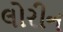
લોરીન